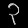
Digit: ၃